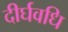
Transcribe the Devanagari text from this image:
दीर्घवधि